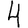
Digit: 4